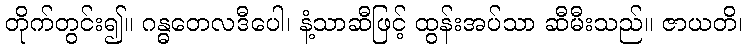
တိုက်တွင်း၍။ ဂန္ဓတေလဒီပေါ၊ နံ့သာဆီဖြင့် ထွန်းအပ်သာ ဆီမီးသည်။ ဇာယတိ၊